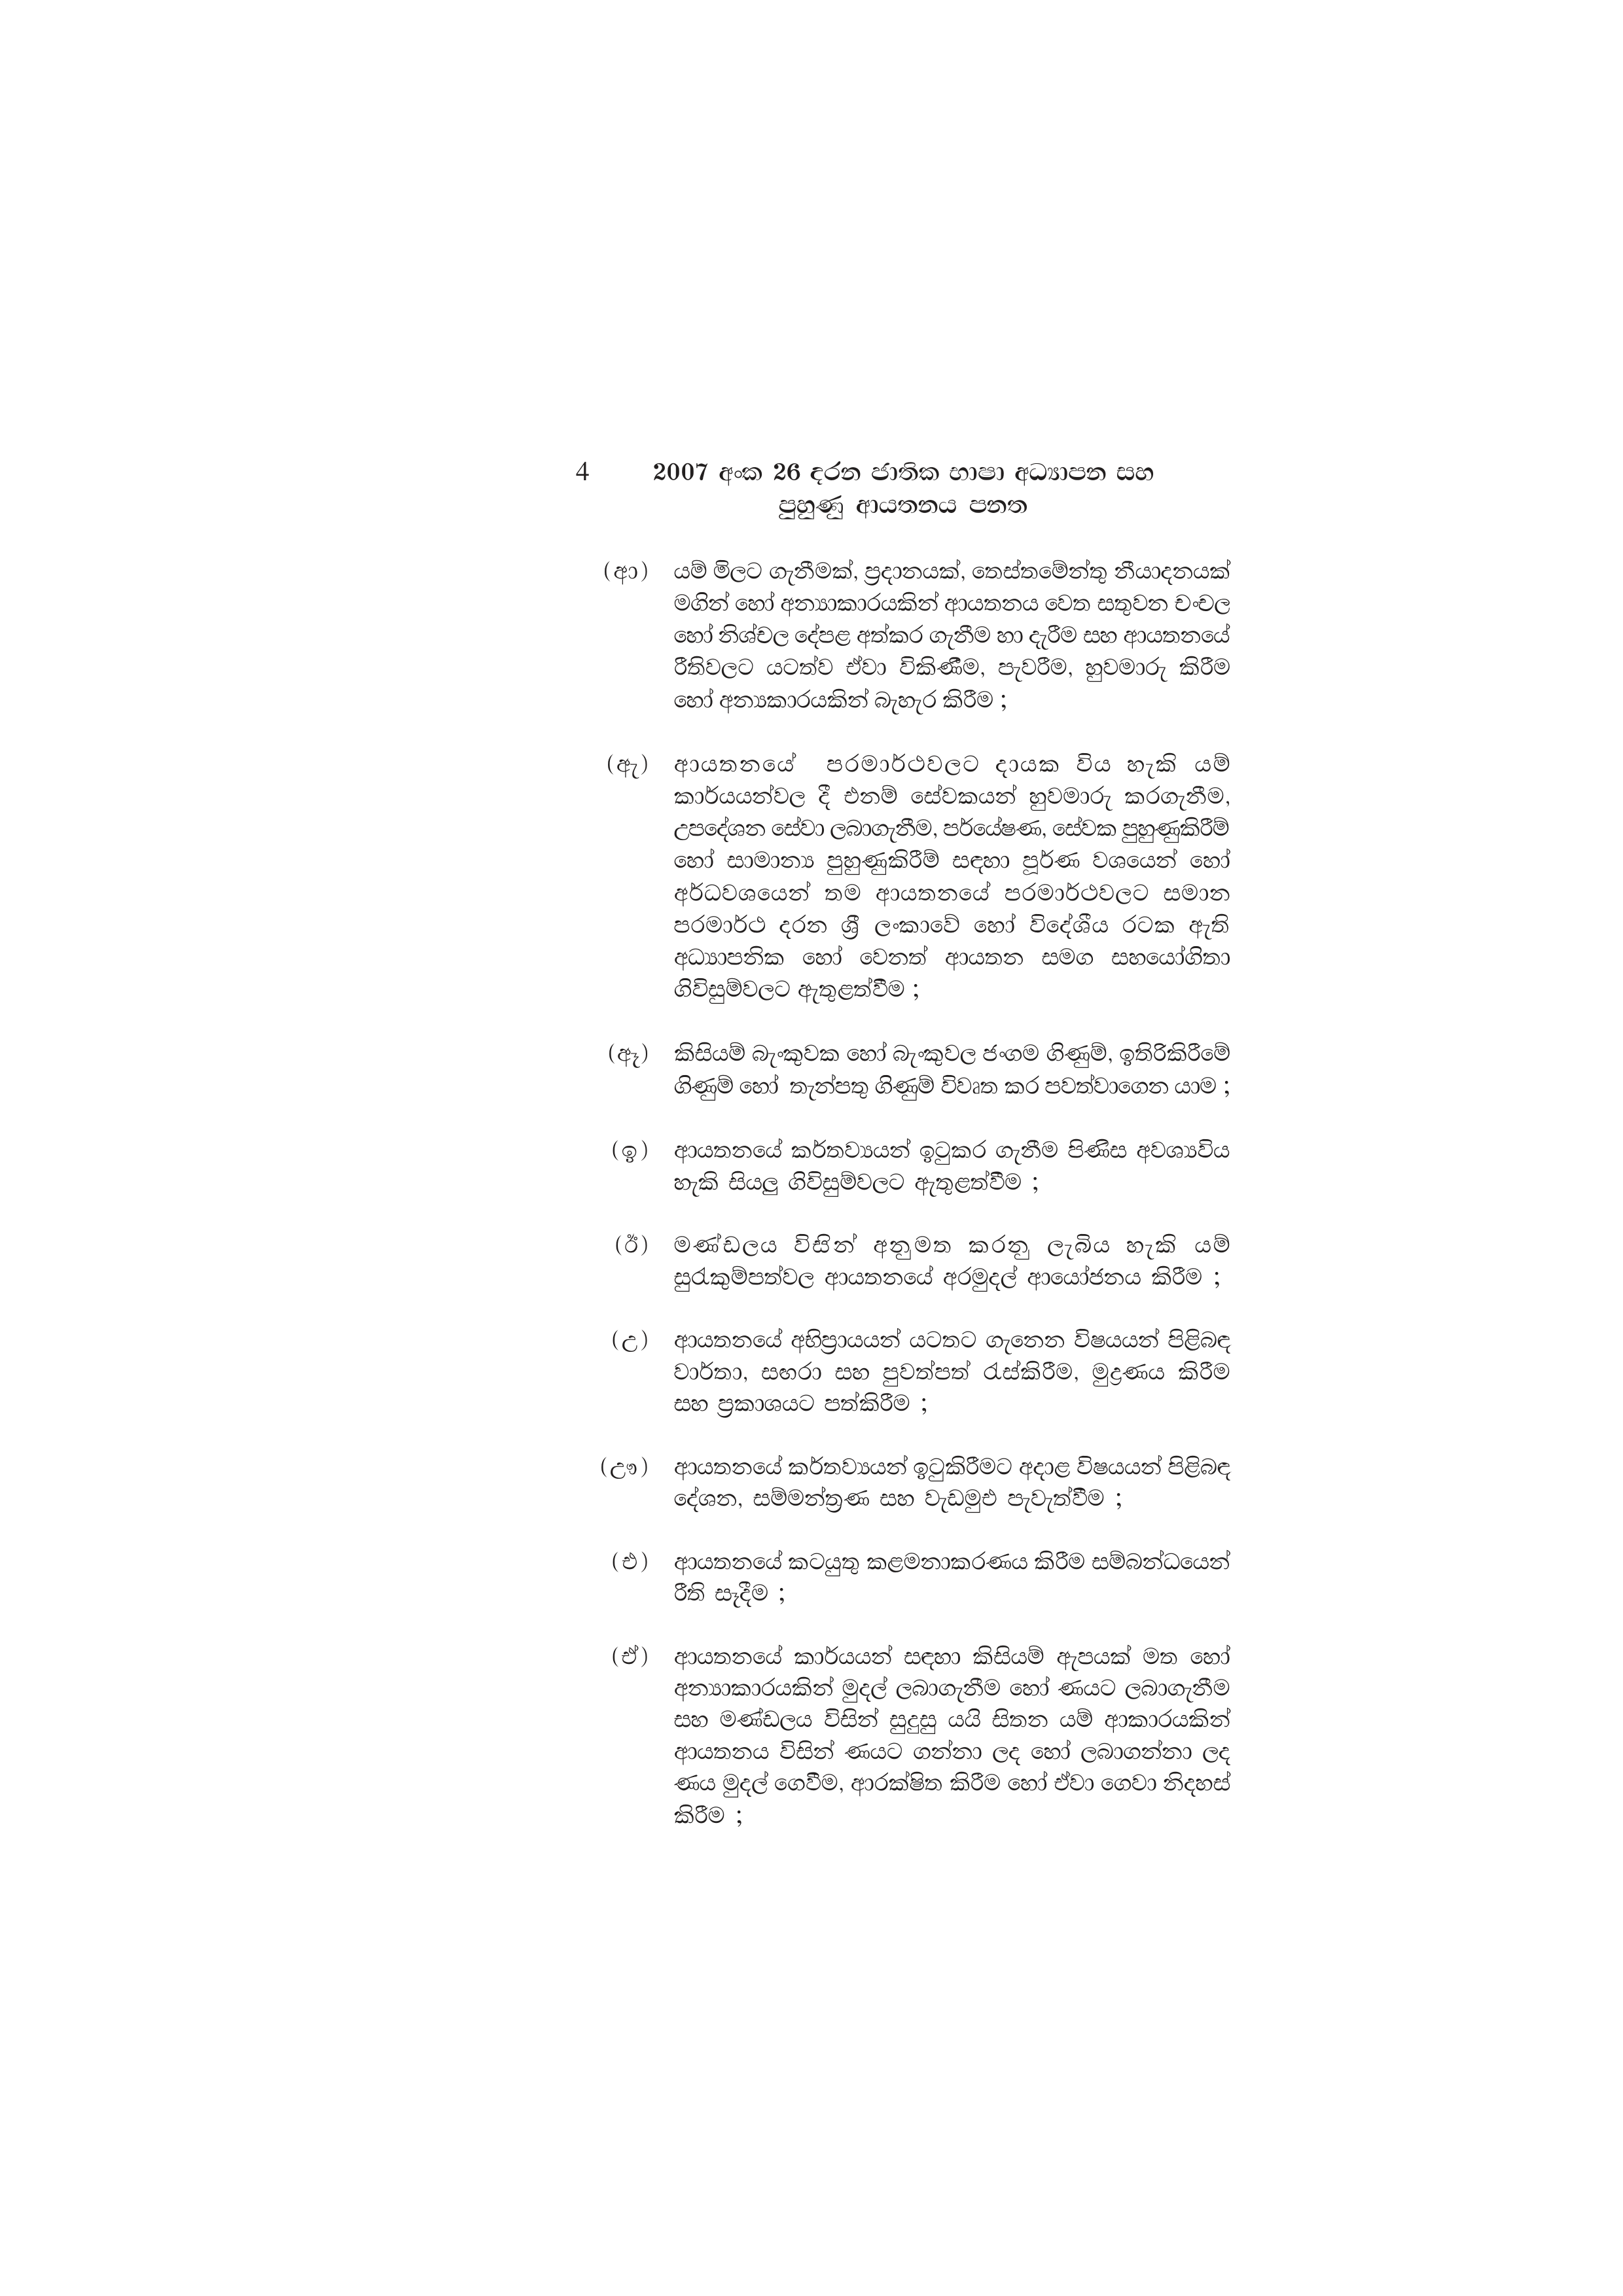
4 2007 අංක 26 දරන ජාතික භාෂා අධ්‍යාපන සහ
පුහුණු ආයතනය පනත

(ආ) යම් මිලට ගැනීමක්, ප්‍රදානයක්, තෙස්තමේන්තු නීයාදනයක්
මගින් හෝ අන්‍යාකාරයකින් ආයතනය වෙත සතුවන චංචල
හෝ නිශ්චල දේපළ අත්කර ගැනීම හා දැරීම සහ ආයතනයේ
රීතිවලට යටත්ව ඒවා විකිණීම, පැවරීම, හුවමාරු කිරීම
හෝ අන්‍යකාරයකින් බැහැර කිරීම ;

(ඇ) ආයතනයේ පරමාර්ථවලට දායක විය හැකි යම්
කාර්යයන්වල දී එනම් සේවකයන් හුවමාරු කරගැනීම,
උපදේශන සේවා ලබාගැනීම, පර්යේෂණ, සේවක පුහුණුකිරීම්
හෝ සාමාන්‍ය පුහුණුකිරීම් සඳහා පූර්ණ වශයෙන් හෝ
අර්ධවශයෙන් තම ආයතනයේ පරමාර්ථවලට සමාන
පරමාර්ථ දරන ශ්‍රී ලංකාවේ හෝ විදේශීය රටක ඇති
අධ්‍යාපනික හෝ වෙනත් ආයතන සමග සහයෝගිතා
ගිවිසුම්වලට ඇතුළත්වීම ;

(ඈ) කිසියම් බැංකුවක හෝ බැංකුවල ජංගම ගිණුම්, ඉතිරිකිරීමේ
ගිණුම් හෝ තැන්පතු ගිණුම් විවෘත කර පවත්වාගෙන යාම ;

(ඉ) ආයතනයේ කර්තව්‍යයන් ඉටුකර ගැනීම පිණිස අවශ්‍යවිය
හැකි සියලු ගිවිසුම්වලට ඇතුළත්වීම ;

(ඊ) මණ්ඩලය විසින් අනුමත කරනු ලැබිය හැකි යම්
සුරැකුම්පත්වල ආයතනයේ අරමුදල් ආයෝජනය කිරීම ;

(උ) ආයතනයේ අභිප්‍රායයන් යටතට ගැනෙන විෂයයන් පිළිබඳ
වාර්තා, සඟරා සහ පුවත්පත් රැස්කිරීම, මුද්‍රණය කිරීම
සහ ප්‍රකාශයට පත්කිරීම ;

(ඌ) ආයතනයේ කර්තව්‍යයන් ඉටුකිරීමට අදාළ විෂයයන් පිළිබඳ
දේශන, සම්මන්ත්‍රණ සහ වැඩමුළු පැවැත්වීම ;

(එ) ආයතනයේ කටයුතු කළමනාකරණය කිරීම සම්බන්ධයෙන්
රීති සෑදීම ;

(ඒ) ආයතනයේ කාර්යයන් සඳහා කිසියම් ඇපයක් මත හෝ
අන්‍යාකාරයකින් මුදල් ලබාගැනීම හෝ ණයට ලබාගැනීම
සහ මණ්ඩලය විසින් සුදුසු යයි සිතන යම් ආකාරයකින්
ආයතනය විසින් ණයට ගන්නා ලද හෝ ලබාගන්නා ලද
ණය මුදල් ගෙවීම, ආරක්ෂිත කිරීම හෝ ඒවා ගෙවා නිදහස්
කිරීම ;